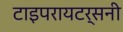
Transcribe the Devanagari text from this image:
टाइपरायटर्सनी